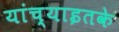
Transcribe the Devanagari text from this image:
यांच्याइतके